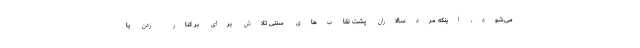
می‌شود. اینکه مردسالاران پشت نقاب‌های سنتی تلاش برای بر کنار زدن یا